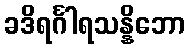
ခဒိရင်္ဂါရသန္နိဘော